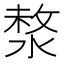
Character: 𣸗